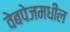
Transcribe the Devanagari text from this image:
वेबपेजमधील